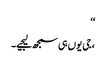
‘‘
،جی یوں ہی سمجھ لیجیے۔